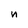
Character: n